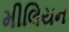
મીલિયન